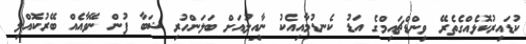
ކުޑައިރުކޮޅެއްގެތެރޭ ވިންޑްޗައިމްގެ އަޑު ކެނޑުމާއިއެކު ނާއިލުއަށް ބަލަންހުރި ޝަބާ ފުން ނޭވާއެއް ބޭރުކޮއްލި